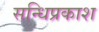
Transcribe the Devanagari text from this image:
सन्धिप्रकाश